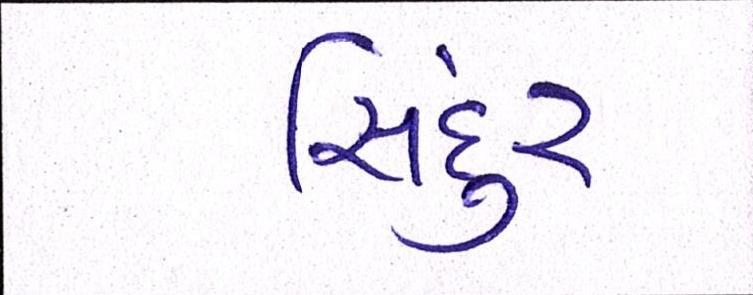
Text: સિંદુર